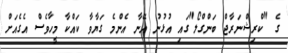
ގެ "ކްރިޝްނަރާޖް ބަންގްލޯ"ގައި އުޅުނު އޭނާ އެންމެ ގަޔާވާ ކައްކާ މީހާވެސް އެގެއަށް